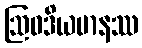
ဩဝဒိယမာနဿ